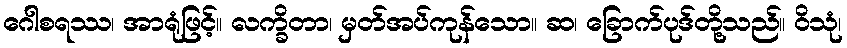
ဂေါစရဿ၊ အာရုံဖြင့်။ လက္ခိတာ၊ မှတ်အပ်ကုန်သော။ ဆ၊ ခြောက်ပုဒ်တို့သည်။ ဝိသုံ၊